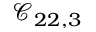
\mathcal { C } _ { 2 2 , 3 }